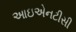
આઇએનટીસી